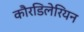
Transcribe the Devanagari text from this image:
कौरडिलेरियन